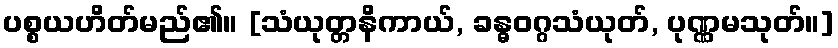
ပစ္စယဟိတ်မည်၏။ [သံယုတ္တနိကာယ်, ခန္ဓဝဂ္ဂသံယုတ်, ပုဏ္ဏမသုတ်။]